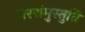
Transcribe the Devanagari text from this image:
परशंमुस्तुति